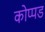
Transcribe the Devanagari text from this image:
कोप्पड